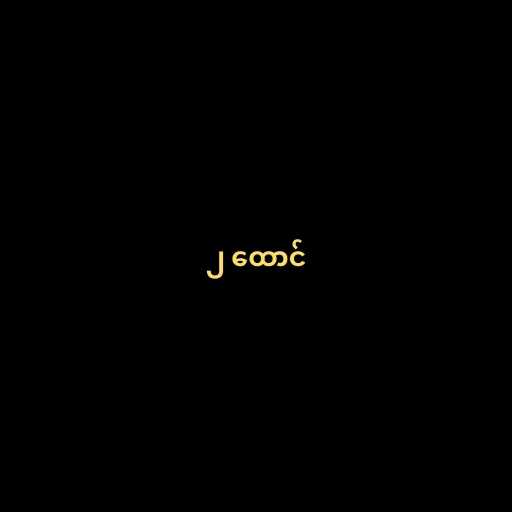
၂ ထောင်